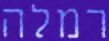
רמלה